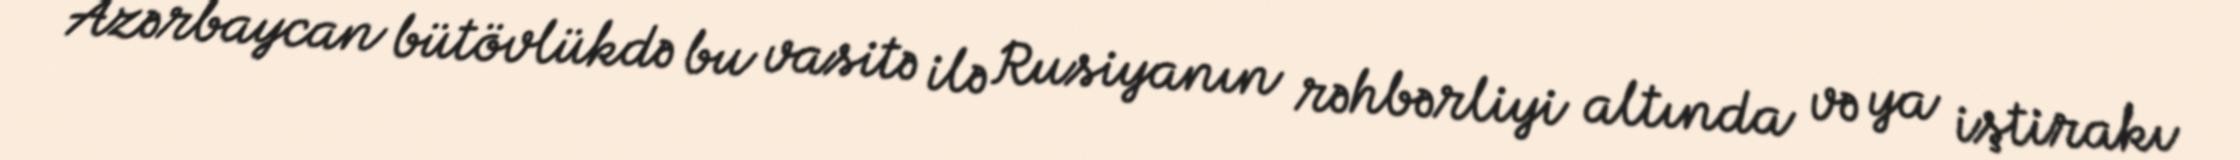
Azərbaycan bütövlükdə bu vasitə ilə Rusiyanın rəhbərliyi altında və ya iştirakı